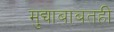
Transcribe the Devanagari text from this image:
मुद्याबाबतही